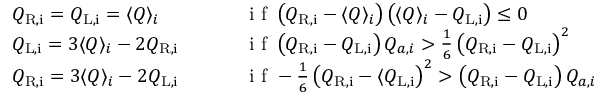
\begin{array} { r l } { Q _ { \mathrm { R , i } } = Q _ { \mathrm { L , i } } = \langle Q \rangle _ { i } \quad \, \, \quad \quad } & { \textrm { i f } \left( Q _ { \mathrm { R , i } } - \langle Q \rangle _ { i } \right) \left( \langle Q \rangle _ { i } - Q _ { \mathrm { L , i } } \right) \leq 0 } \\ { Q _ { \mathrm { L , i } } = 3 \langle Q \rangle _ { i } - 2 Q _ { \mathrm { R , i } } \, \, \quad \quad } & { \textrm { i f } \left( Q _ { \mathrm { R , i } } - Q _ { \mathrm { L , i } } \right) Q _ { a , i } > \frac { 1 } { 6 } \left( Q _ { \mathrm { R , i } } - Q _ { \mathrm { L , i } } \right) ^ { 2 } } \\ { Q _ { \mathrm { R , i } } = 3 \langle Q \rangle _ { i } - 2 Q _ { \mathrm { L , i } } \, \, \quad \quad } & { \textrm { i f } - \frac { 1 } 6 \left( Q _ { \mathrm { R , i } } - \langle Q _ { \mathrm { L , i } } \right) ^ { 2 } > \left( Q _ { \mathrm { R , i } } - Q _ { \mathrm { L , i } } \right) Q _ { a , i } } \end{array}